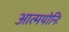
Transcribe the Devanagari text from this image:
आत्मयोनिः